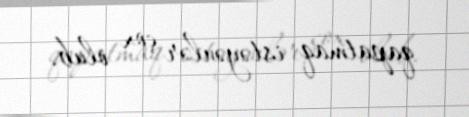
qapatmaq istəyənlər çox olub.